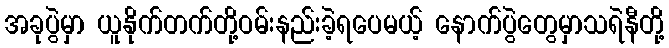
အခုပွဲမှာ ယူနိုက်တက်တို့ဝမ်းနည်းခဲ့ရပေမယ့် နောက်ပွဲတွေမှာသရဲနီတို့